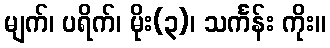
မျက်၊ ပရိက်၊ မိုး(၃)၊ သင်္ကန်း ကိုး။